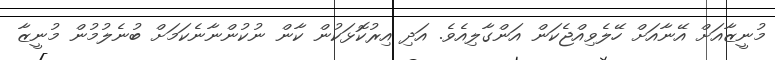
މުނީޒާއަށް އޭނާއަށް ހޭލެވިއްޖެކަން އަންގާލިއެވެ. އަދި އިރުކޮޅަކުން ކާން ނުކުންނާނެކަމަށް ބުނެލުމުން މުނީޒާ